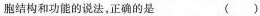
胞结构和功能的说法，正确的是 ( )